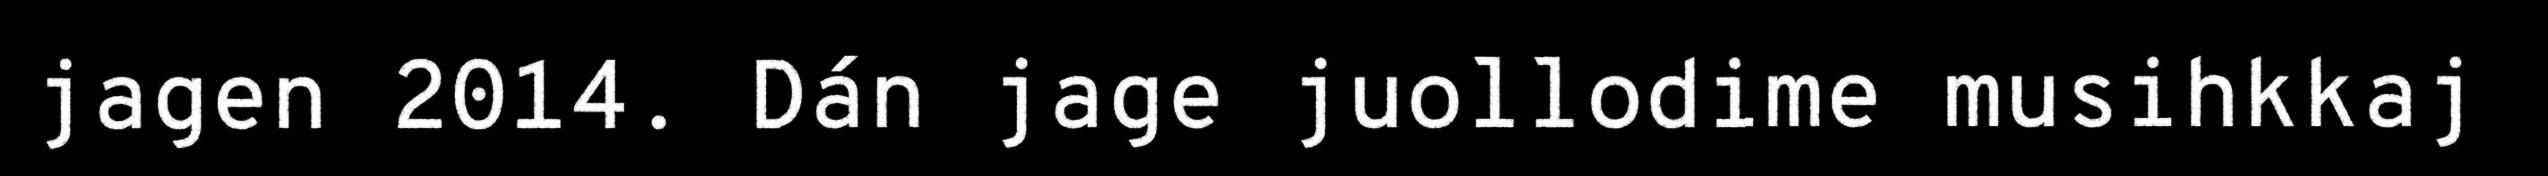
jagen 2014. Dán jage juollodime musihkkaj